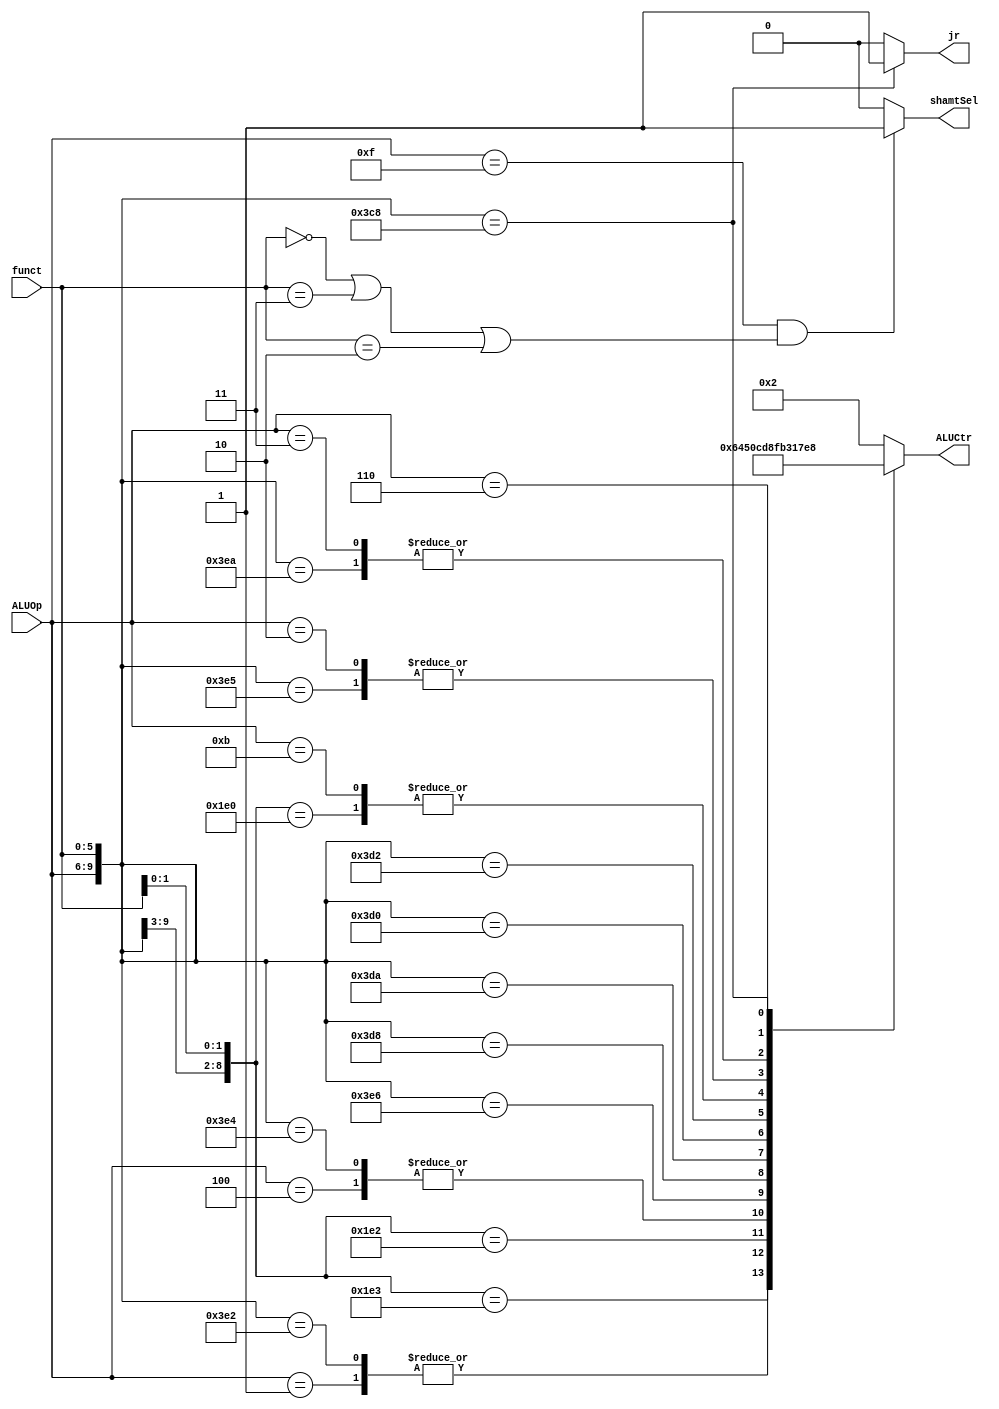
`timescale 1ns / 1ps
module ALUCtr(
input [3:0] ALUOp, 
input [5:0] funct, 
output reg [3:0] ALUCtr,
output reg shamtSel,
output reg jr
);

always @(ALUOp or funct) begin
    
    casex({ALUOp, funct}) //  
        10'b0000_xxxxxx: ALUCtr = 4'b0010; // lwswaddi 
        10'b0100_xxxxxx: ALUCtr = 4'b0000; // andi
        10'b0001_xxxxxx: ALUCtr = 4'b0110; // beq
        10'b1111_100000: ALUCtr = 4'b0010; // add 
        10'b1111_100010: ALUCtr = 4'b0110; // sub 
        10'b1111_000x00: ALUCtr = 4'b0011; // sll, sllv 
        10'b1111_000x11: ALUCtr = 4'b0100; // sra, srav
        10'b1111_000x10: ALUCtr = 4'b0101; // srl, srlv
        10'b1111_100100: ALUCtr = 4'b0000; // and 
        10'b1111_100101: ALUCtr = 4'b0001; // or 
        10'b1111_100110: ALUCtr = 4'b1100; // xor
        10'b1111_011000: ALUCtr = 4'b1101;  // mult
        10'b1111_011010: ALUCtr = 4'b1000;  // div
        10'b1111_010000: ALUCtr = 4'b1111;  // mfhi
        10'b1111_010010: ALUCtr = 4'b1011;  // mflo
        10'b1011_xxxxxx: ALUCtr = 4'b0011; // lui
        10'b1111_101010: ALUCtr = 4'b0111; // slt 
        10'b0010_xxxxxx: ALUCtr = 4'b0001; // ori 
        10'b0011_xxxxxx: ALUCtr = 4'b0111; // slti 
        10'b0110_xxxxxx: ALUCtr = 4'b1110; // bne 
        10'b1111_001000: ALUCtr = 4'b1001; // jr
        
        default:ALUCtr = 4'b0010;
    endcase 

    if (ALUOp == 4'b1111 && (funct == 6'b000000 || funct == 6'b000011 || funct == 6'b000010)) begin
        shamtSel = 1;
    end
    else begin
        shamtSel = 0;
    end
    
    if ({ALUOp, funct} == 10'b1111_001000) begin
        jr = 1;
    end
    else begin
        jr = 0;
    end
    

end //  

endmodule